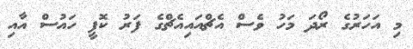
މި އަހަރުގެ ރޯދަ މަހު ވެސް އެޗްއައިއެޗްގެ ފަރު ކޮފީ ހައުސް އާއި